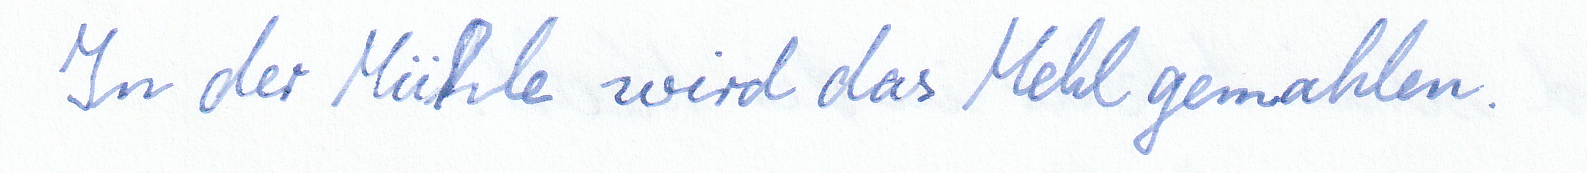
In der Mühle wird das Mehl gemahlen.